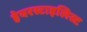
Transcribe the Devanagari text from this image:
हेयरस्टाइलिस्ट